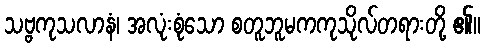
သဗ္ဗကုသလာနံ၊ အလုံးစုံသော စတူဘူမကကုသိုလ်တရားတို့ ၏။